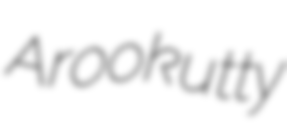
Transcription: Arookutty